Report on sanitation, dispensaries, and jails in Rajputana for 1916, and on vaccination for the year 1916-1917 - 1916-1917
Year: 1916
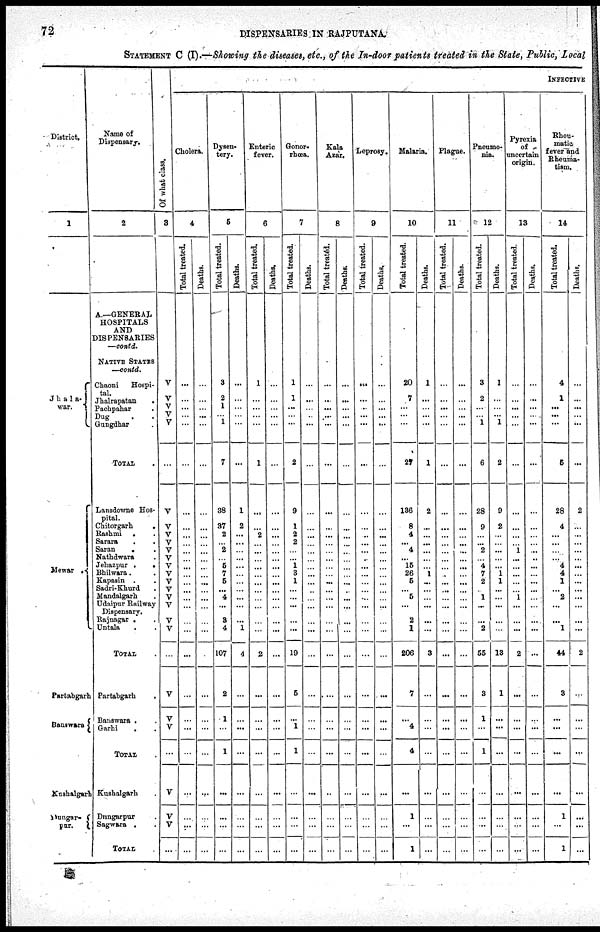
72
DISPENSARIES
IN RAJPUTANA.
STATEMENT C (I).—Showing the diseases, etc., of the In-door patients treated in the State, Public, Local
District.
1
Jha1a-
war.
Mewar .
Partabgarh
Banswara
Kushalgarh
Dungar-
pur.
Name of
Dispensary.
2
A—GENERAL
HOSPITALS
AND
DISPENSARIES
—contd.
NATIVE STATES
—contd.
Chaoni Hospi-
tal.
Jhalrapatan .
Pachpahar .
Dug . .
Gungdhar .
TOTAL .
Lansdowne Hos-
pital.
Chitorgarh
.
Rashmi . .
Sarara . .
Saran
. .
Nathdwara .
Jehazpur .
.
Bhilwara . .
Kapasin . .
Sadri-Khurd .
Mandalgarh .
Udaipur Railway
Dispensary.
Rajnagar . .
Untala . .
TOTAL .
Partabgarh
.
Banswara . .
Garhi . .
TOTAL .
Kushalgarh .
Dungarpur .
Sagwara . .
TOTAL .
Of what class.
3
V
V
V
V
V
...
V
V
V
V
V
V
V
V
V
V
V
V
V
V
...
V
V
V
...
V
V
V
...
INFECTIVE
Cholera.
4
Total treated.
...
...
...
...
...
...
...
...
...
...
...
...
...
...
...
...
...
...
...
...
...
...
...
...
...
...
...
...
...
Deaths.
...
...
...
...
...
...
...
...
...
...
...
...
...
...
...
...
...
...
...
...
...
...
...
...
...
...
...
...
...
Dysen-
tery.
5
Total treated.
3
2
1
...
...
7
38
37
2
...
2
... 5
7
5
...
4
...
3
4
107
2
1
...
1
...
...
...
...
Deaths.
...
...
...
...
...
...
1
2
...
...
...
...
...
...
...
...
...
...
...
1
4
...
...
...
...
...
...
...
...
Enteric
fever.
6
Total treated.
1
...
...
...
...
1
...
...
2
...
...
...
...
...
...
...
...
...
...
...
2
...
...
...
...
...
...
...
...
Deaths.
...
...
...
...
...
...
...
...
...
...
...
...
...
...
...
...
...
...
...
...
...
...
...
...
...
...
...
...
...
Gonor-
rhœa.
7
Total treated.
1
1
...
...
...
2
9
1
2
2
...
... 1
3
1
...
...
...
...
...
19
5
...
1
1
...
...
...
...
Deaths.
...
...
...
...
...
...
...
...
...
...
...
...
...
...
...
...
...
...
...
...
...
...
...
...
...
...
...
...
...
Kala
Azar.
8
Total treated.
...
...
...
...
...
...
...
...
...
...
...
...
...
...
...
...
...
...
...
...
...
...
...
...
...
...
...
...
...
Deaths.
...
...
...
...
...
...
...
...
...
...
...
...
...
...
...
...
...
...
...
...
...
...
...
...
...
...
...
...
...
Leprosy.
9
Total treated.
...
...
...
...
...
...
...
...
...
...
...
...
...
...
...
...
...
...
...
...
...
...
...
...
...
...
...
...
...
Deaths.
...
...
...
...
...
...
...
...
...
...
...
...
...
...
...
...
...
...
...
...
...
...
...
...
...
...
...
...
...
Malaria.
10
Total treated.
20
7
...
...
...
27
136
8
4
...
4
... 15
26
5
... 5
...
2
1
206
7
...
4
4
...
1
...
1
Deaths.
1
...
...
...
...
1
2
...
...
...
...
...
...
1
...
...
...
...
...
...
3
...
...
...
...
...
...
...
...
Plague.
11
Total treated.
...
...
...
...
...
...
...
...
...
...
...
...
...
...
...
...
...
...
...
...
...
...
...
...
...
...
...
...
...
Deaths.
...
...
...
...
...
...
...
...
...
...
...
...
...
...
...
...
...
...
...
...
...
...
...
...
...
...
...
...
...
Pneumo-
nia.
12
Total treated.
3
2
...
...
1
6
28
9
...
...
2
... 4
7
2
...
1
...
...
2
55
3
1
...
1
...
...
...
...
Deaths.
1
...
...
...
1
2
9
2
...
...
...
...
...
1
1
...
...
...
...
...
13
1
...
...
...
...
...
...
...
Pyrexia
of
uncertain
origin.
13
Total treated.
...
...
...
...
...
...
...
...
...
...
1
...
...
...
...
...
1
...
...
...
2
...
...
...
...
...
...
...
...
Deaths.
...
...
...
...
...
...
...
...
...
...
...
...
...
...
...
...
...
...
...
...
...
...
...
...
...
...
...
...
...
Rheu-
matic
fever and
Rheuma-
tism.
14
Total treated.
4
1
...
...
...
5
28
4
... ...
...
... 4
4
1
...
2
...
...
1
44
3
...
...
...
...
1
...
1
Deaths.
...
...
...
...
...
...
2
...
...
...
...
...
...
...
...
...
...
...
...
...
2
...
...
...
...
...
...
...
...